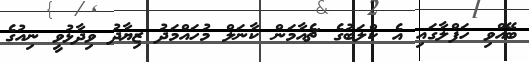
ބޭއްވި ހަފްލާގައި އެ ކްލަބުގެ ޗެއާމަން ކާނަލް މުހައްމަދު ޒިޔާދު ވިދާޅުވީ ނިއުގެ